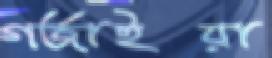
গর্জাইয়া